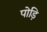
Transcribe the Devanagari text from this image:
पोड़ि